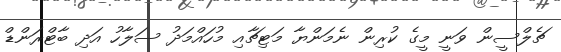
ޗެލްސީން ވަނީ މީގެ ކުރިން ނެމަންޔާ މަޓިޗާއި މުހައްމަދު ސަލާހު އަދި ބާޓްރަންޑް